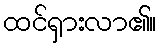
ထင်ရှားလာ၏။